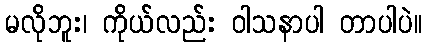
မလိုဘူး၊ ကိုယ်လည်း ဝါသနာပါ တာပါပဲ။